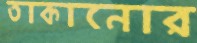
তাকানোর